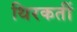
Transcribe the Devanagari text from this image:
थिरकतीं